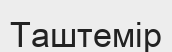
Таштемір